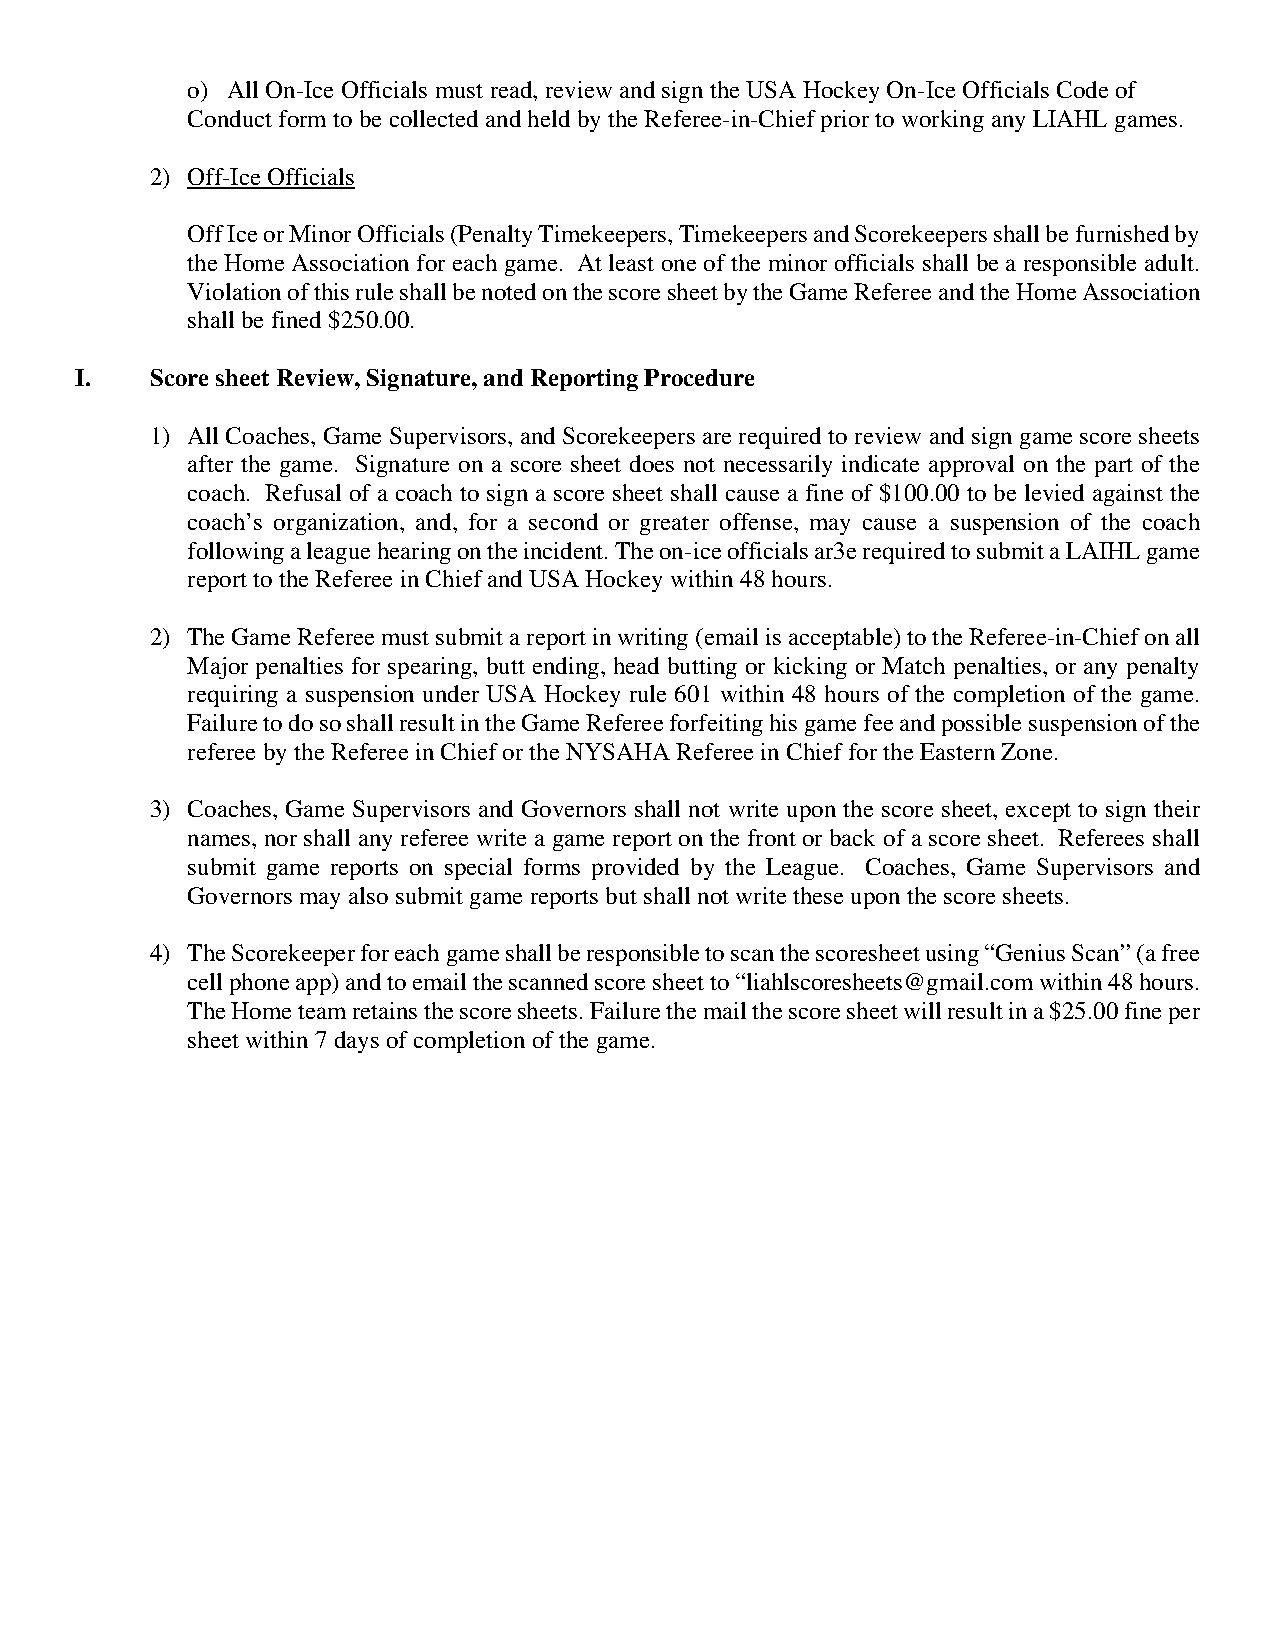
o) All On-Ice Officials must read, review and sign the USA Hockey On-Ice Officials Code of
 Conduct form to be collected and held by the Referee-in-Chief prior to working any LIAHL games.
 2) Off-Ice Officials
 Off Ice or Minor Officials (Penalty Timekeepers, Timekeepers and Scorekeepers shall be furnished by
 the Home Association for each game. At least one of the minor officials shall be a responsible adult.
 Violation of this rule shall be noted on the score sheet by the Game Referee and the Home Association
 shall be fined $250.00.
 I.   Score sheet Review, Signature, and Reporting Procedure
 1) All Coaches, Game Supervisors, and Scorekeepers are required to review and sign game score sheets
 after the game. Signature on a score sheet does not necessarily indicate approval on the part of the
 coach. Refusal of a coach to sign a score sheet shall cause a fine of $100.00 to be levied against the
 coach’s organization, and, for a second or greater offense, may cause a suspension of the coach
 following a league hearing on the incident. The on-ice officials ar3e required to submit a LAIHL game
 report to the Referee in Chief and USA Hockey within 48 hours.
 2) The Game Referee must submit a report in writing (email is acceptable) to the Referee-in-Chief on all
 Major penalties for spearing, butt ending, head butting or kicking or Match penalties, or any penalty
 requiring a suspension under USA Hockey rule 601 within 48 hours of the completion of the game.
 Failure to do so shall result in the Game Referee forfeiting his game fee and possible suspension of the
 referee by the Referee in Chief or the NYSAHA Referee in Chief for the Eastern Zone.
 3) Coaches, Game Supervisors and Governors shall not write upon the score sheet, except to sign their
 names, nor shall any referee write a game report on the front or back of a score sheet. Referees shall
 submit game reports on special forms provided by the League. Coaches, Game Supervisors and
 Governors may also submit game reports but shall not write these upon the score sheets.
 4) The Scorekeeper for each game shall be responsible to scan the scoresheet using “Genius Scan” (a free
 cell phone app) and to email the scanned score sheet to “liahlscoresheets@gmail.com within 48 hours.
 The Home team retains the score sheets. Failure the mail the score sheet will result in a $25.00 fine per
 sheet within 7 days of completion of the game.